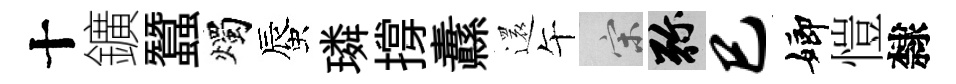
十鑛蠶燭蜃璘撐纛還午宋弥巳嫏愷隸